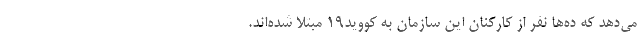
می‌دهد که ده‌ها نفر از کارکنان این سازمان به کووید۱۹ مبتلا شده‌اند.